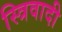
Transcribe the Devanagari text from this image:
स्त्रिवादी